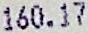
160.17